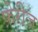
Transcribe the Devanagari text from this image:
फ़ेरीज़